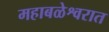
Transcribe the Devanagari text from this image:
महाबळेश्वरात